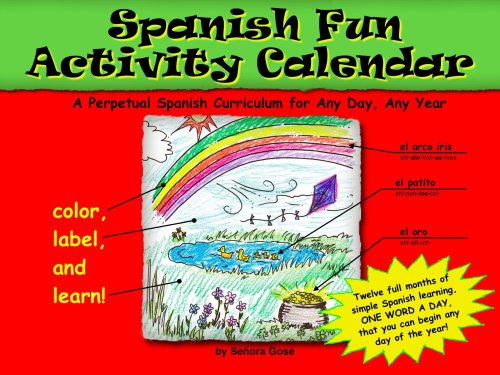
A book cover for Spanish Fun Activity Calendar; Senora Gose; Calendars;